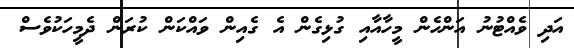
އަދި ވެއްޓުނު އަންހެން މީހާއާއި ގުޅިގެން އެ ގެއިން ވައްކަން ކުރަން ދެމީހަކުވެސް